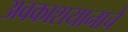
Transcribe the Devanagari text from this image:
अवकाशयानाचे